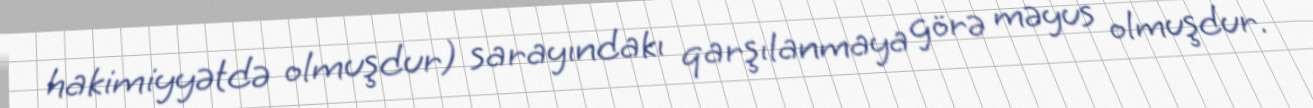
hakimiyyətdə olmuşdur) sarayındakı qarşılanmaya görə məyus olmuşdur.